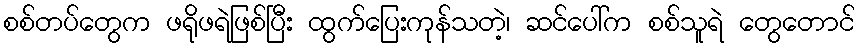
စစ်တပ်တွေက ဖရိုဖရဲဖြစ်ပြီး ထွက်ပြေးကုန်သတဲ့၊ ဆင်ပေါ်က စစ်သူရဲ တွေတောင်